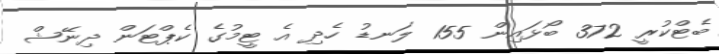
ބެޓްކުރީ 372 ބޯޅައިން 155 ލަނޑު ހެދި އެ ޓީމުގެ ކެޕްޓަން ދިނޭޝް